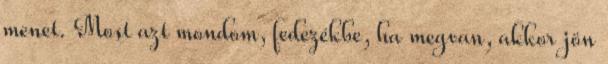
menet. Most azt mondom, fedezékbe, ha megvan, akkor jön